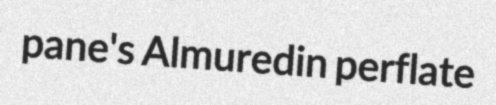
pane's Almuredin perflate